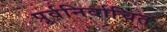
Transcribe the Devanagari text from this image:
पूर्वनिर्वाचित